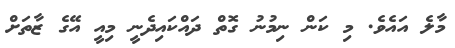
މާލެ އައެވެ. މި ކަން ނިމުނު ގޮތް ދައްކައިދެނީ މިއީ އޭގެ ޒާތަށް